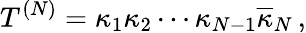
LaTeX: T^{(N)}=\kappa_{1}\kappa_{2}\cdots\kappa_{N-1}\overline{{{\kappa}}}_{N}\, ,